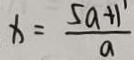
x = \frac { 5 a + 1 ^ { 1 } } { a }